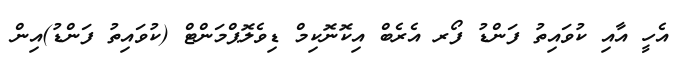
އެހީ އާއި ކުވައިތު ފަންޑު ފޯރ އެރެބް އިކޮނޮކިމް ޑިވެލޮޕްމަންޓް (ކުވައިތު ފަންޑު)އިން